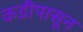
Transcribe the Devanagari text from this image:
कडीपासून